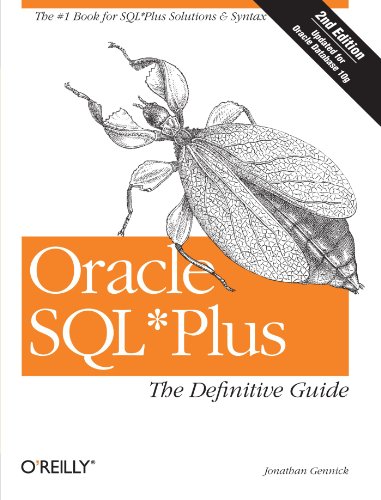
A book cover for Oracle SQL*Plus: The Definitive Guide (Definitive Guides); Jonathan Gennick; Computers & Technology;